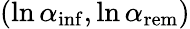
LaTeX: (\ln{\alpha_{\mathrm{inf}}},\ln{\alpha_{\mathrm{rem}}})